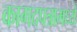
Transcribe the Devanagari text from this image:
कागदपत्रामध्ये